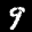
Label: 9